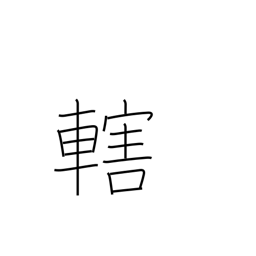
Meaning: control